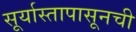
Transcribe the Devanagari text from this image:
सूर्यास्तापासूनची